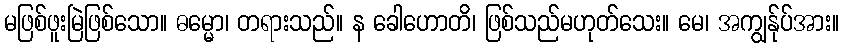
မဖြစ်ဖူးမြဲဖြစ်သော။ ဓမ္မော၊ တရားသည်။ န ခေါဟောတိ၊ ဖြစ်သည်မဟုတ်သေး။ မေ၊ အကျွန်ုပ်အား။